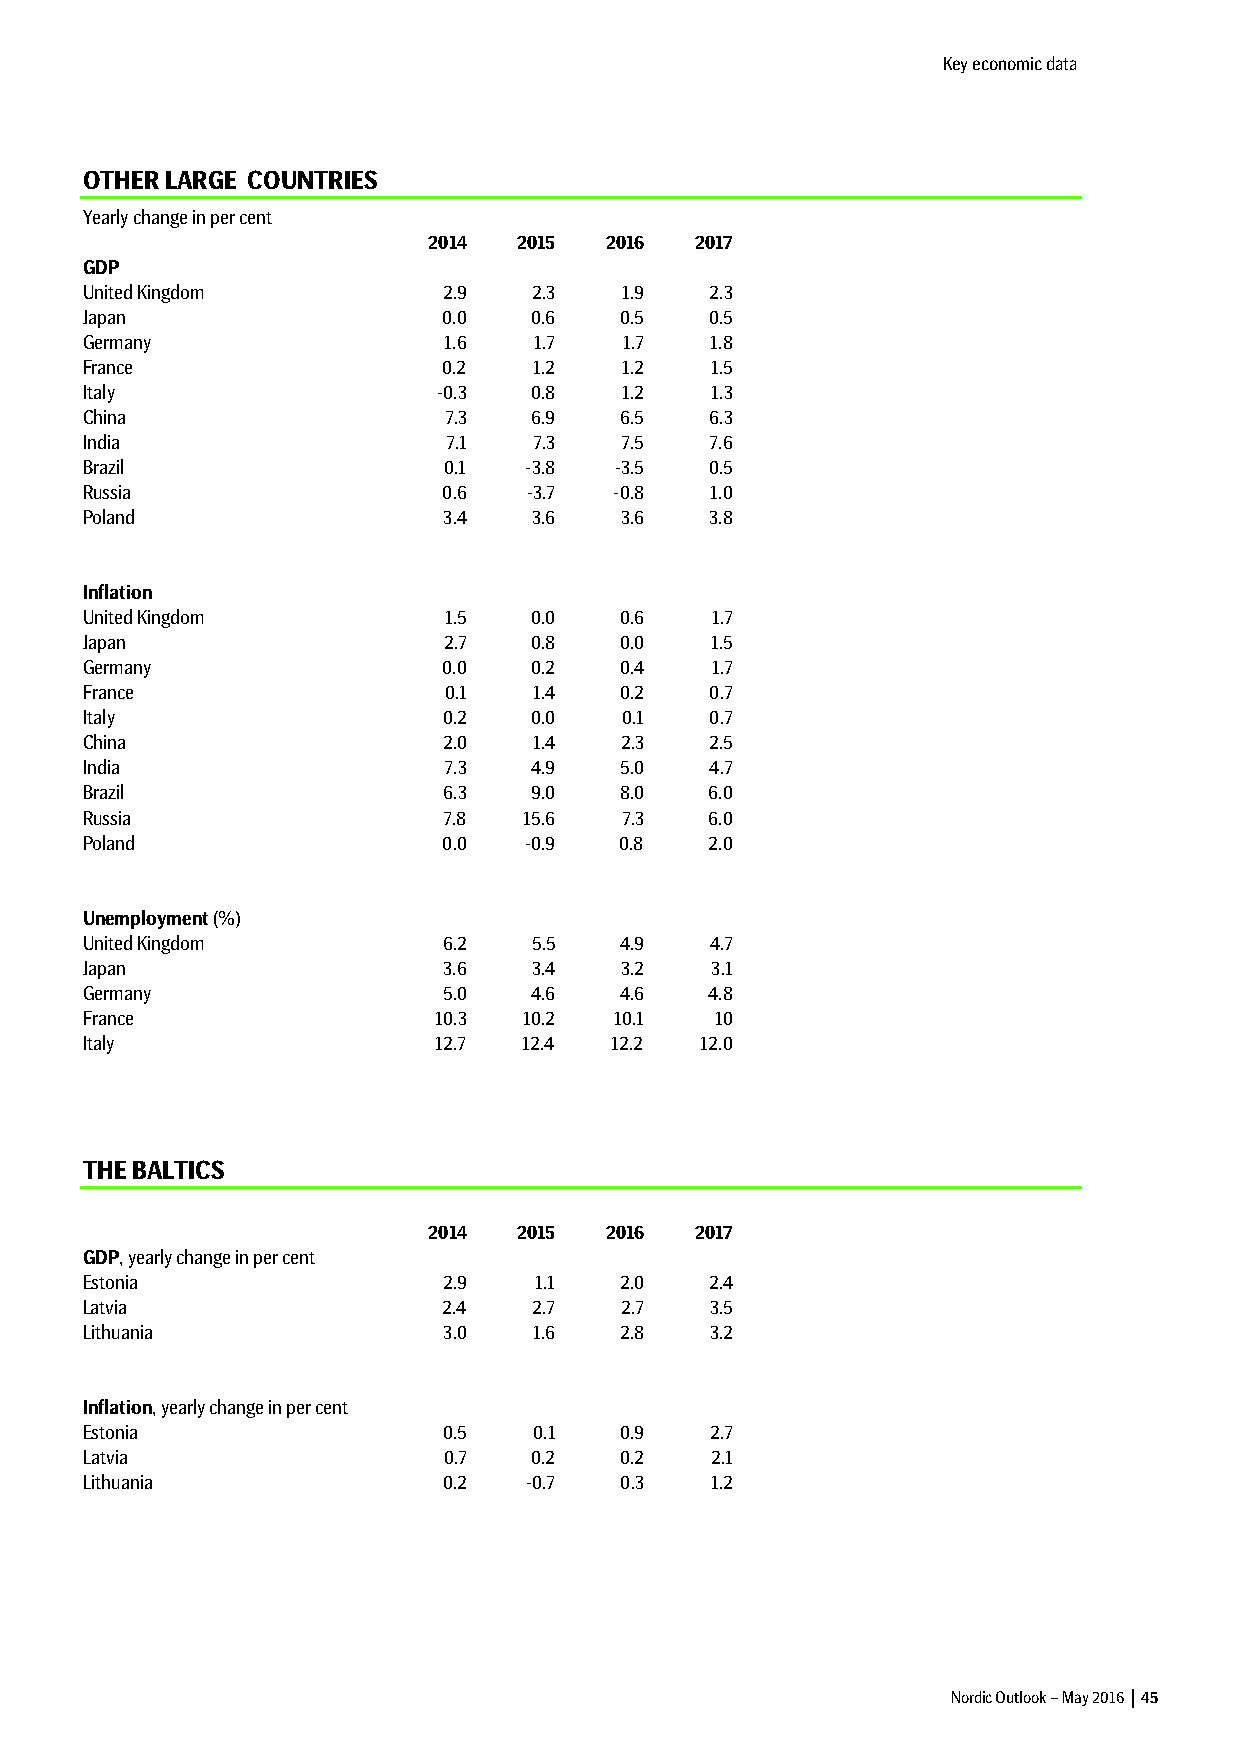
Key economic data
 OTHER LARGE COUNTRIES
 Yearly change in per cent
 2014  2015  2016  2017
 GDP
 United Kingdom          2.9   2.3   1.9   2.3
 Japan                   0.0   0.6   0.5   0.5
 Germany                 1.6   1.7   1.7   1.8
 France                  0.2   1.2   1.2   1.5
 Italy                   -0.3  0.8   1.2   1.3
 China                   7.3   6.9   6.5   6.3
 India                    7.1  7.3   7.5   7.6
 Brazil                  0.1   -3.8  -3.5  0.5
 Russia                  0.6   -3.7  -0.8  1.0
 Poland                  3.4   3.6   3.6   3.8
 Inflation
 United Kingdom          1.5   0.0   0.6   1.7
 Japan                   2.7   0.8   0.0   1.5
 Germany                 0.0   0.2   0.4   1.7
 France                  0.1   1.4   0.2   0.7
 Italy                   0.2   0.0   0.1   0.7
 China                   2.0   1.4   2.3   2.5
 India                   7.3   4.9   5.0   4.7
 Brazil                  6.3   9.0   8.0   6.0
 Russia                  7.8   15.6  7.3   6.0
 Poland                  0.0   -0.9  0.8   2.0
 Unemployment (%)
 United Kingdom          6.2   5.5   4.9   4.7
 Japan                   3.6   3.4   3.2   3.1
 Germany                 5.0   4.6   4.6   4.8
 France                  10.3  10.2  10.1  10
 Italy                   12.7  12.4  12.2 12.0
 THE BALTICS
 2014  2015  2016  2017
 GDP, yearly change in per cent
 Estonia                 2.9   1.1   2.0   2.4
 Latvia                  2.4   2.7   2.7   3.5
 Lithuania               3.0   1.6   2.8   3.2
 Inflation, yearly change in per cent
 Estonia                 0.5   0.1   0.9   2.7
 Latvia                  0.7   0.2   0.2   2.1
 Lithuania               0.2   -0.7  0.3   1.2
 Nordic Outlook – May 2016 │ 45